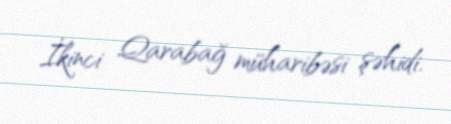
İkinci Qarabağ müharibəsi şəhidi.